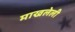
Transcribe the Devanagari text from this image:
माखलेली